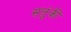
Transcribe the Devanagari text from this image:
सलुंकी